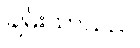
ချမ်းသာသည်